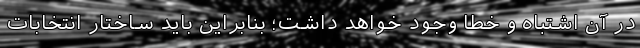
در آن اشتباه و خطا وجود خواهد داشت؛ بنابراین باید ساختار انتخابات